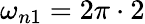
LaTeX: \omega_{n1}=2\pi\cdot 2